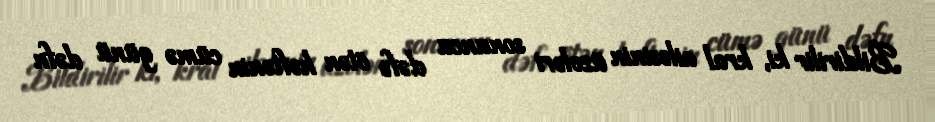
Bildirilir ki, kral ailəsinin üzvləri sonuncu dəfə ötən həftənin cümə günü dəfn